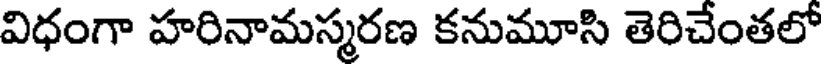
విధంగా హరినామస్మరణ కనుమూసి తెరిచేంతలో